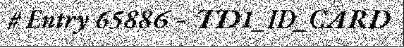
# Entry 65886 - TD1_ID_CARD